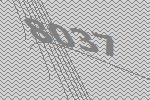
8037